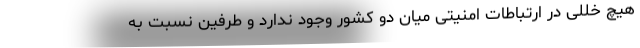
هیچ خللی در ارتباطات امنیتی میان دو کشور وجود ندارد و طرفین نسبت به